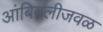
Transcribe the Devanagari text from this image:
आंबिवलीजवळ